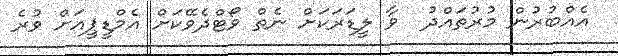
އެއްބުރުން މުރުތައްދު  ވާ ލީޑަރަކަށް ނެތް ވޯޓްދެވޭކަށް އެމްޑީޕީއަށް ވުރެ